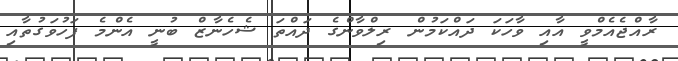
ރާއްޖެއެމްވީ އާއި ވާހަކަ ދައްކަމުން ރިލްވާންގެ ދައްތަ ޝެހެނާޒް ބުނީ އެންމެ ފަހުވަގުތާއި